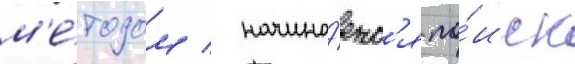
м'е́тодом / начина́етс'я по́иск